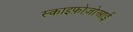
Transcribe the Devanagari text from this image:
स्काइफ़ोज़ोआई